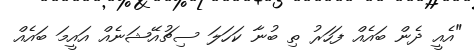
"އެއީ ދެން ބައެއް ފަހަރު ތި ބުނާ ކަހަލަ ސިޗުއޭޝަނެއް އައީމަ ބައެއް